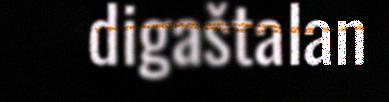
digaštalan